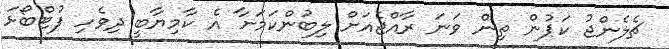
ޗެލެންޖު ކަޕުން ތިން ވަނަ ރާއްޖެއަށް ލިބުންކަމަށާ އެ ކާމިޔާބީ ދިވެހި ފުޓްބޯޅަ